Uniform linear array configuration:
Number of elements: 64
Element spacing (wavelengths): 0.5
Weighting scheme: hann
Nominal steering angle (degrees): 45
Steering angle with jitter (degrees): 46.004
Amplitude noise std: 0.05
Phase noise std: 0.05

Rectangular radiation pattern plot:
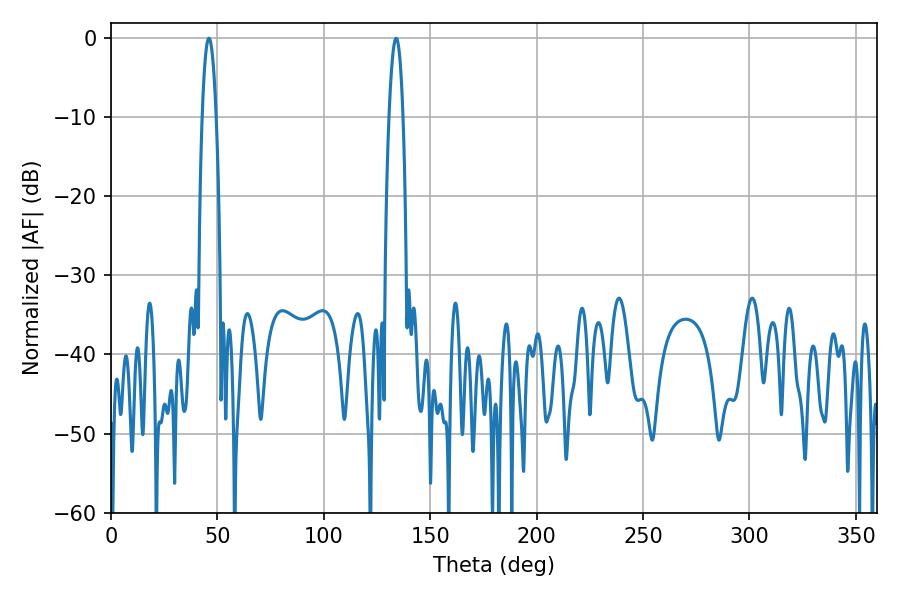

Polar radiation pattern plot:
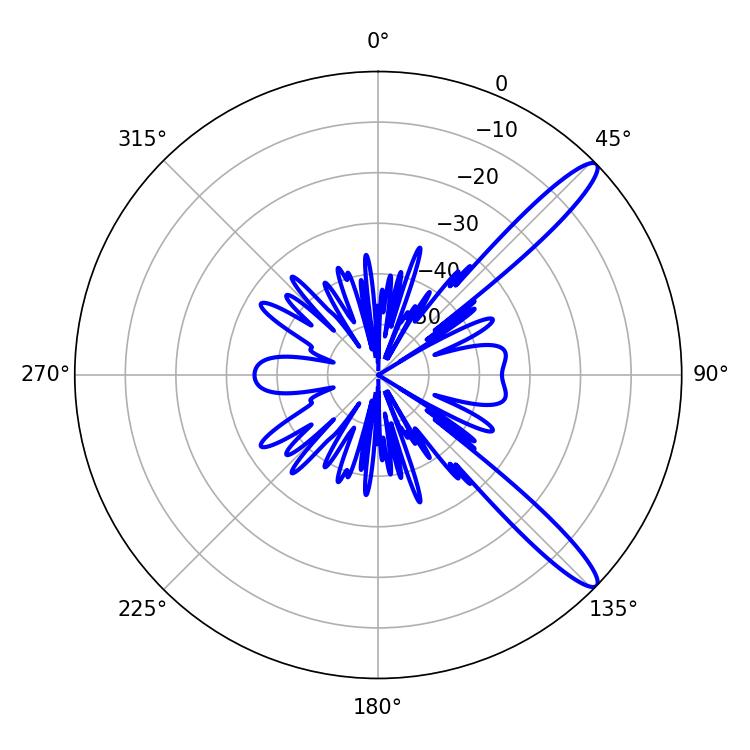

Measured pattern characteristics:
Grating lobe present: FALSE
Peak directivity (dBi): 13.048
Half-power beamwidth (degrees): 3.6
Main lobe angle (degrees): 133.92